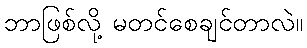
ဘာဖြစ်လို့ မတင်စေချင်တာလဲ။